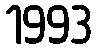
1993